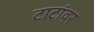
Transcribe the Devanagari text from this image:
टाटांवर